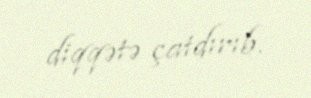
diqqətə çatdırıb.